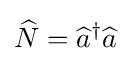
{\widehat {N}}={\widehat {a}}^{\dagger }{\widehat {a}}